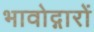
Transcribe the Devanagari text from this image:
भावोद्गारों